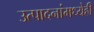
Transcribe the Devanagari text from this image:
उत्पादनांमध्येही